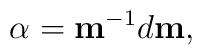
{\bf\alpha} = {\bf m}^{-1} d{\bf m},